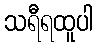
သရီရထူပါ